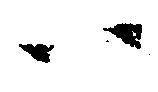
ハ